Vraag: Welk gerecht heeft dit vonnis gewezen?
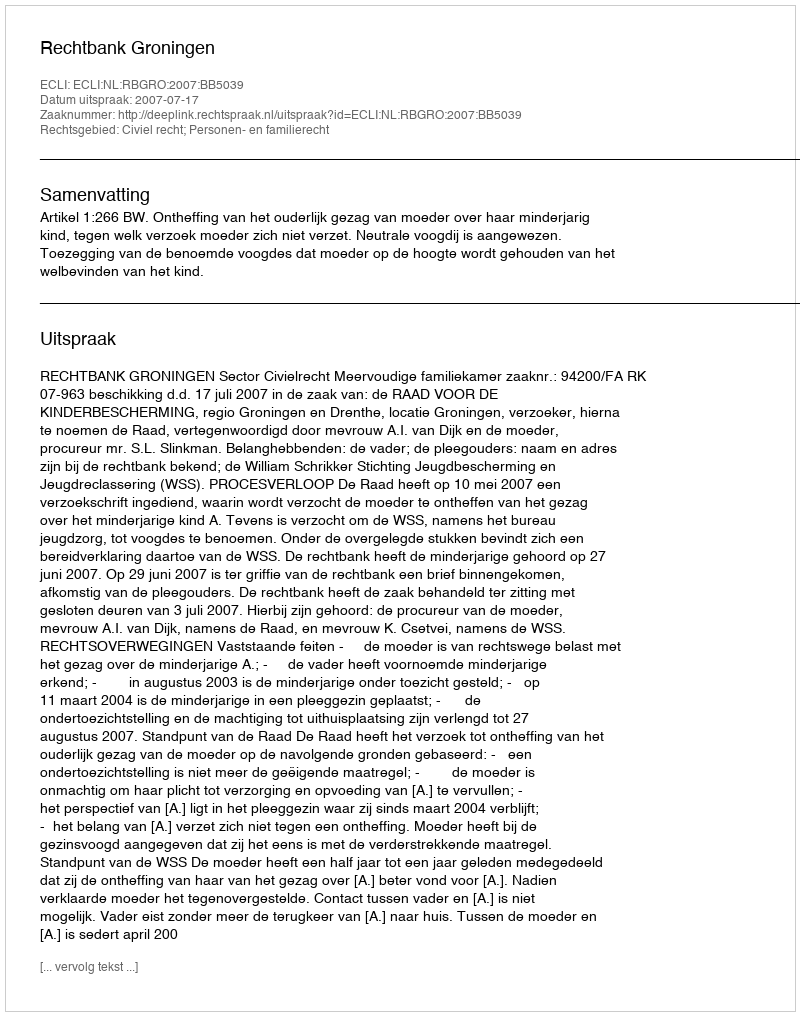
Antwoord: Rechtbank Groningen